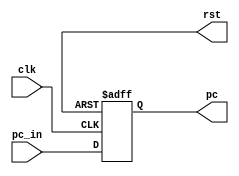
module Program_Counter
  #(parameter width = 32)
  (
  input  wire  [width-1:0]     pc_in,
  input  wire                  clk,
  output wire                  rst,
  output reg   [width-1:0]     pc
  );
  
always@(posedge clk or negedge rst)
begin
  if(!rst)
    begin
     pc<=32'b0;
     end
   else
     begin
     //pc<=pc+4;
     pc<=pc_in;
     end
end


endmodule